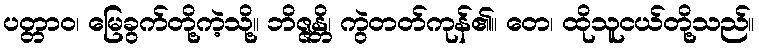
ပတ္တာဝ၊ မြေခွက်တို့ကဲ့သို့။ ဘိဇ္ဇန္တိ၊ ကွဲတတ်ကုန်၏။ တေ၊ ထိုသူငယ်တို့သည်။